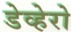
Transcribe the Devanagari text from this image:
डेव्हेरो